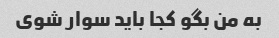
به من بگو کجا باید سوار شوی